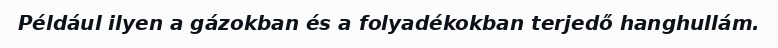
Például ilyen a gázokban és a folyadékokban terjedő hanghullám.